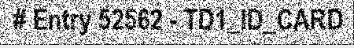
# Entry 52562 - TD1_ID_CARD